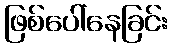
ဖြစ်ပေါ်နေခြင်း